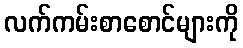
လက်ကမ်းစာစောင်များကို